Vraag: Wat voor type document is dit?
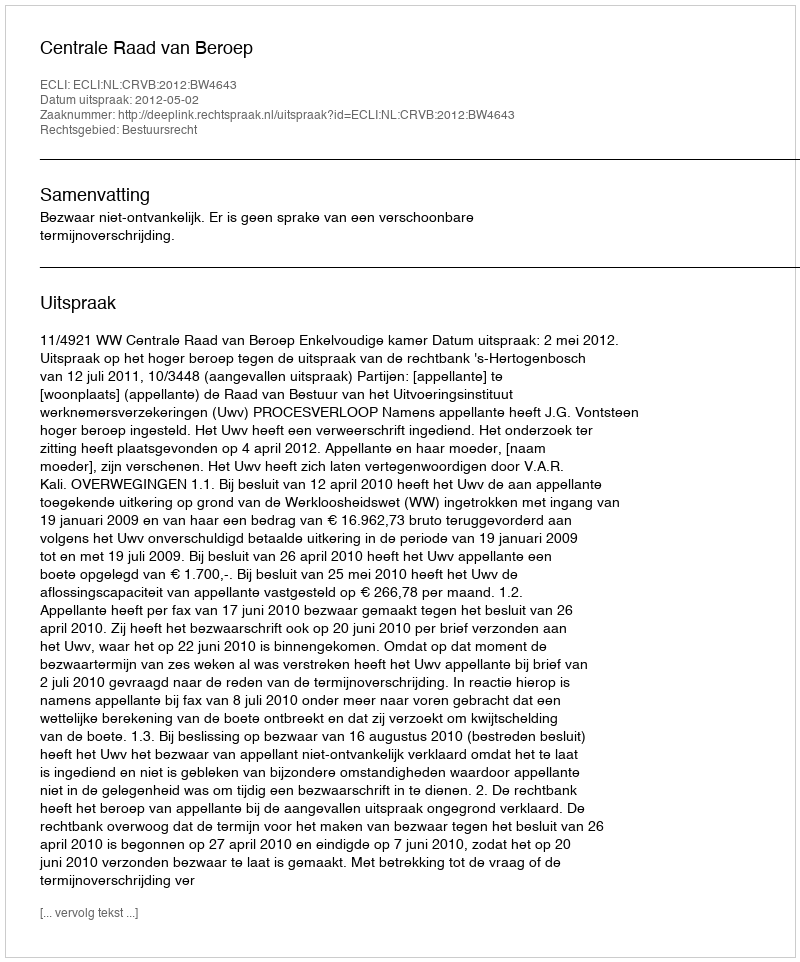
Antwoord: Uitspraak